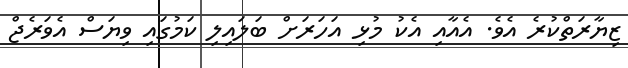
ޒިޔާރަތްކުރެ އެވެ. އެއާއި އެކު މުޅި އަހަރަށް ބަލައިލި ކަމުގައި ވިޔަސް އެވަރެޖް